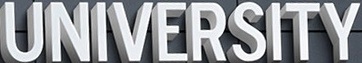
UNIVERSITY